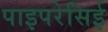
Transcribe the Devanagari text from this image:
पाइपरेसिई